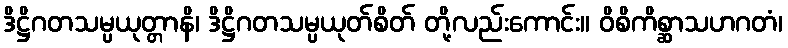
ဒိဋ္ဌိဂတသမ္ပယုတ္တာနိ၊ ဒိဋ္ဌိဂတသမ္ပယုတ်စိတ် တို့လည်းကောင်း။ ဝိစိကိစ္ဆာသဟဂတံ၊